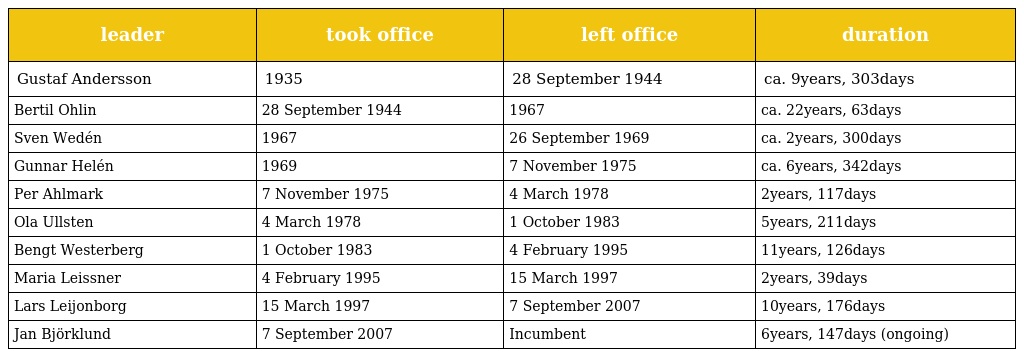
| leader | took office | left office | duration |
 | --- | --- | --- | --- |
 | Gustaf Andersson | 1935 | 28 September 1944 | ca. 9years, 303days |
 | Bertil Ohlin | 28 September 1944 | 1967 | ca. 22years, 63days |
 | Sven Wedén | 1967 | 26 September 1969 | ca. 2years, 300days |
 | Gunnar Helén | 1969 | 7 November 1975 | ca. 6years, 342days |
 | Per Ahlmark | 7 November 1975 | 4 March 1978 | 2years, 117days |
 | Ola Ullsten | 4 March 1978 | 1 October 1983 | 5years, 211days |
 | Bengt Westerberg | 1 October 1983 | 4 February 1995 | 11years, 126days |
 | Maria Leissner | 4 February 1995 | 15 March 1997 | 2years, 39days |
 | Lars Leijonborg | 15 March 1997 | 7 September 2007 | 10years, 176days |
 | Jan Björklund | 7 September 2007 | Incumbent | 6years, 147days (ongoing) |